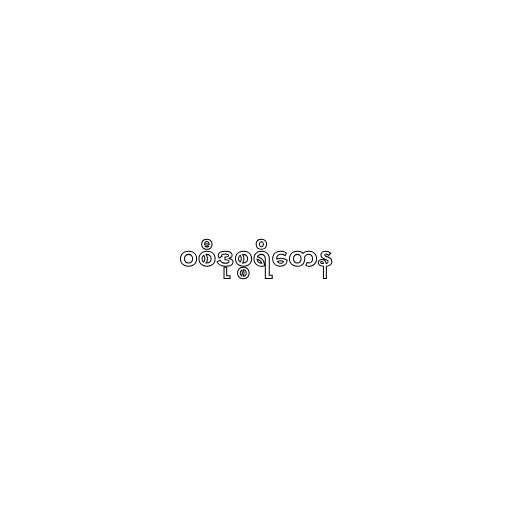
ဝစီဒုစ္စရိတေန